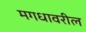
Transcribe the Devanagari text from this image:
मगधावरील